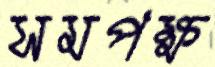
সমপক্ষ